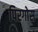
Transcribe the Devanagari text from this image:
पिरगोस